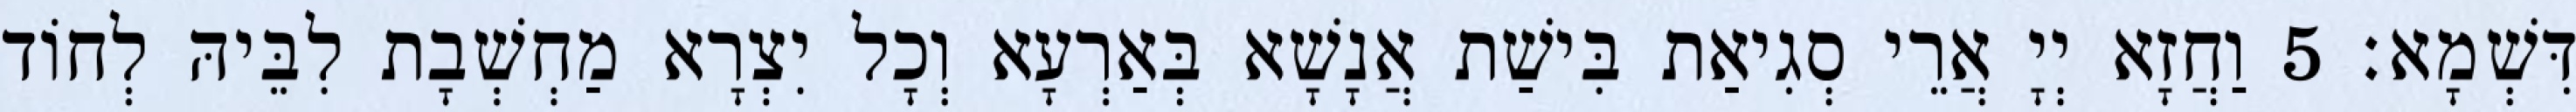
דִּשְׁמָא׃ 5 וַחֲזָא יְיָ אֲרֵי סְגִיאַת בִּישַׁת אֲנָשָׁא בְּאַרְעָא וְכָל יִצְרָא מַחְשְׁבָת לִבֵּיהּ לְחוֹד